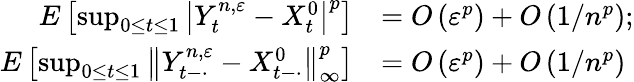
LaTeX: \begin{array}{rl}{E\left[\operatorname*{sup}_{0\leq t\leq 1}\left|Y_{t}^{n,\varepsilon}-X_{t}^{0}\right|^{p}\right]}&{=O\left(\varepsilon^{p}\right)+O\left(1/n^{p}\right);}\\ {E\left[\operatorname*{sup}_{0\leq t\leq 1}\left\| Y_{t-\cdot}^{n,\varepsilon}-X_{t-\cdot}^{0}\right\| _{\infty}^{p}\right]}&{=O\left(\varepsilon^{p}\right)+O\left(1/n^{p}\right)}\end{array}